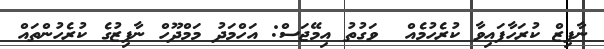
ނާފިޒް ކުރަހާފައިވާ ކުރެހުމެއް  ވަގުތު އިމޭޖަސް: އަހްމަދު މަމްދޫހް ނާފިޒުގެ ކުރެހުންތައް